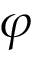
\varphi